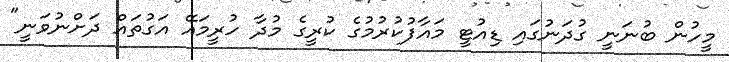
މީހުން ބުނަނީ ގުދަނުގައި ޑިއުޓީ މައާފުކުރުމުގެ ކުރީގެ މުދާ ހުރީމައޭ އަގުތައް ދަށްނުވަނީ"